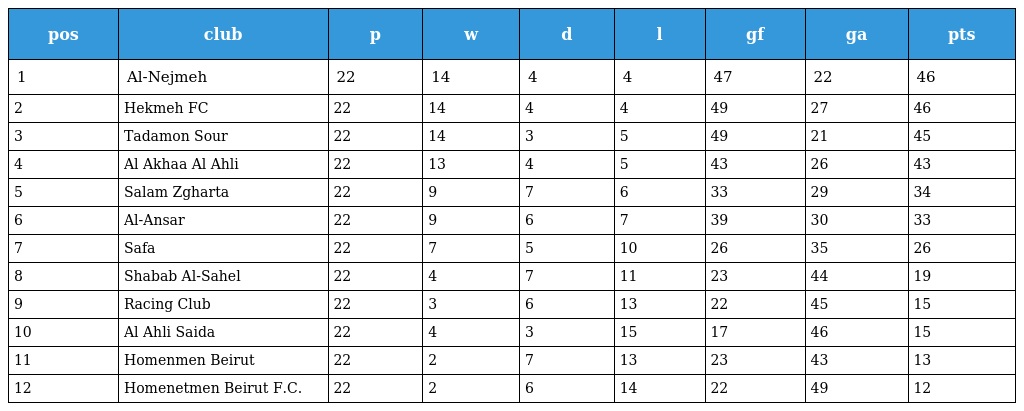
| pos | club | p | w | d | l | gf | ga | pts |
 | --- | --- | --- | --- | --- | --- | --- | --- | --- |
 | 1 | Al-Nejmeh | 22 | 14 | 4 | 4 | 47 | 22 | 46 |
 | 2 | Hekmeh FC | 22 | 14 | 4 | 4 | 49 | 27 | 46 |
 | 3 | Tadamon Sour | 22 | 14 | 3 | 5 | 49 | 21 | 45 |
 | 4 | Al Akhaa Al Ahli | 22 | 13 | 4 | 5 | 43 | 26 | 43 |
 | 5 | Salam Zgharta | 22 | 9 | 7 | 6 | 33 | 29 | 34 |
 | 6 | Al-Ansar | 22 | 9 | 6 | 7 | 39 | 30 | 33 |
 | 7 | Safa | 22 | 7 | 5 | 10 | 26 | 35 | 26 |
 | 8 | Shabab Al-Sahel | 22 | 4 | 7 | 11 | 23 | 44 | 19 |
 | 9 | Racing Club | 22 | 3 | 6 | 13 | 22 | 45 | 15 |
 | 10 | Al Ahli Saida | 22 | 4 | 3 | 15 | 17 | 46 | 15 |
 | 11 | Homenmen Beirut | 22 | 2 | 7 | 13 | 23 | 43 | 13 |
 | 12 | Homenetmen Beirut F.C. | 22 | 2 | 6 | 14 | 22 | 49 | 12 |